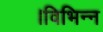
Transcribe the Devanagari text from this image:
।विभिन्न